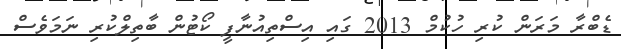
ޑެބްރާ މަރަން ކުރި ހުކުމް 2013 ގައި އިސްތިއުނާފީ ކޯޓުން ބާތިލްކުރި ނަމަވެސް